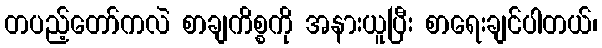
တပည့်တော်ကလဲ စာချကိစ္စကို အနားယူပြီး စာရေးချင်ပါတယ်၊